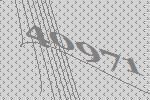
40971